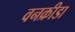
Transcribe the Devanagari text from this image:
वनक्रीडा